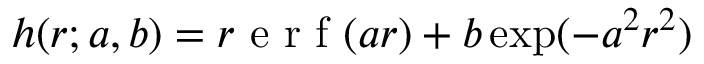
h ( r ; a , b ) = r \mathrm { ~ e ~ r ~ f ~ } ( a r ) + b \exp ( - a ^ { 2 } r ^ { 2 } )